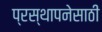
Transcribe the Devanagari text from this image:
प्रस्थापनेसाठी